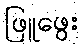
ဖြူဖွေး